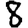
Digit: 8